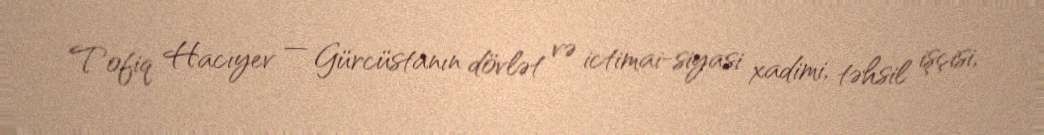
Tofiq Hacıyev — Gürcüstanın dövlət və ictimai-siyasi xadimi, təhsil işçisi,